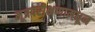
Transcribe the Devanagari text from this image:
मूत्रपरीक्षणामधून